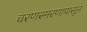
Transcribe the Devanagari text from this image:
चरणस्मरणापासून